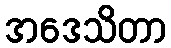
အဒေသိတာ